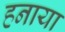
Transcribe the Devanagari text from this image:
हनाया